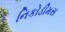
નિકોડીમસ